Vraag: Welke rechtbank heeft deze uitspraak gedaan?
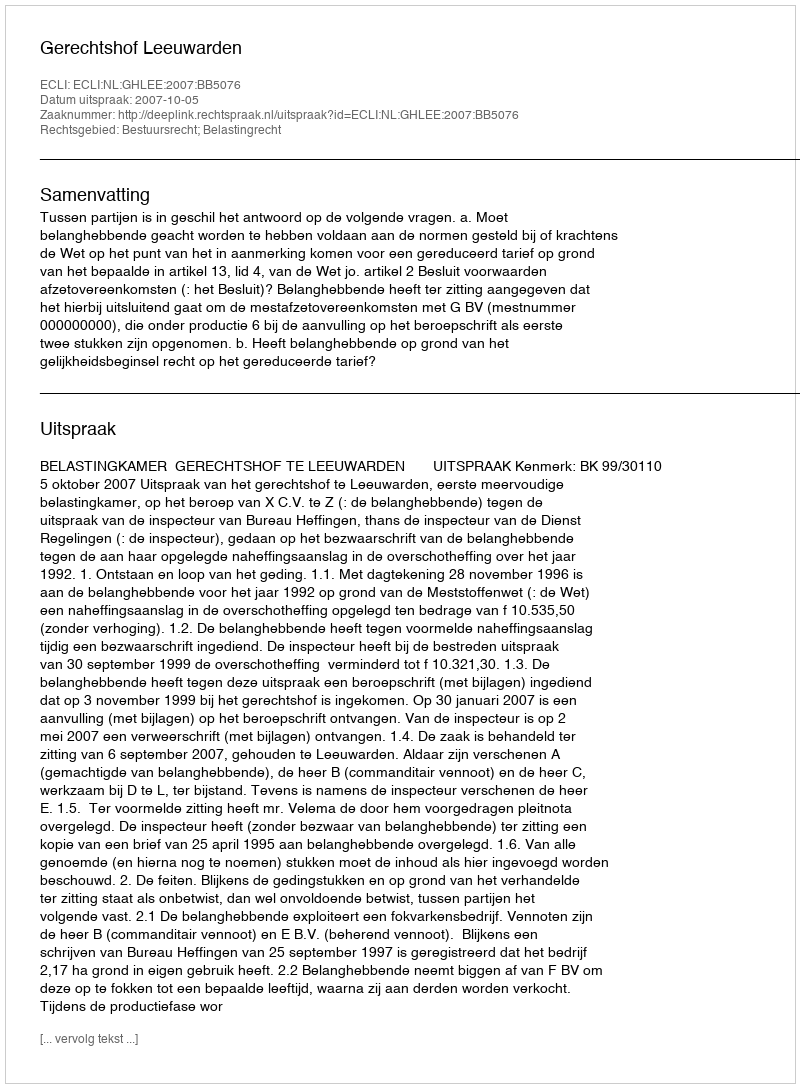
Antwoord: Gerechtshof Leeuwarden